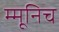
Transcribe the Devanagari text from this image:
म्मूनिच